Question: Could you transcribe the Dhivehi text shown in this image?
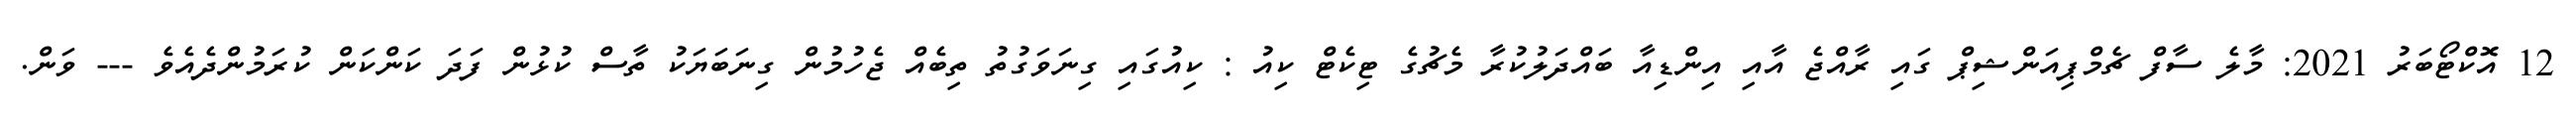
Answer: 12 އޮކްޓޯބަރު 2021: މާލެ ސާފް ޗެމްޕިއަންޝިޕް ގައި ރާއްޖެ އާއި އިންޑިއާ ބައްދަލުކުރާ މެޗުގެ ޓިކެޓް ކިއު : ކިއުގައި ގިނަވަގުތު ތިބެއް ޖެހުމުން ގިނަބަޔަކު ތާސް ކުޅުން ފަދަ ކަންކަން ކުރަމުންދެއެވެ --- ވަން.